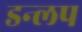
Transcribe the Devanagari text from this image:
डन्लप